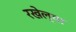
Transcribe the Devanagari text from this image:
रखेल्या